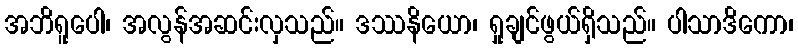
အဘိရူပေါ၊ အလွန်အဆင်းလှသည်။ ဒဿနိယော၊ ရှုချင်ဖွယ်ရှိသည်။ ပါသာဒိကော၊